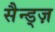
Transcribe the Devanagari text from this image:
सैन्ड्ज़